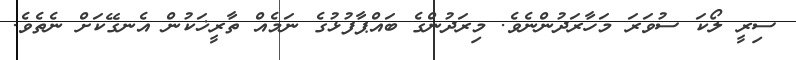
ސިރީ ލޯކަ ސުވަރަ މަހާރަދުންނެވެ. މިރަދުންގެ ބައްޕާފުޅުގެ ނަމެއް ތާރީޚަކުން އެނގޭކަށް ނެތެވެ.